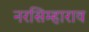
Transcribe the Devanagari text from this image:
नरसिम्हाराव